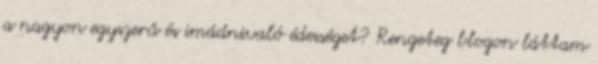
a nagyon egyszerű és imádnivaló édességet? Rengeteg blogon láttam